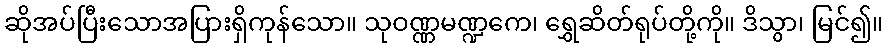
ဆိုအပ်ပြီးသောအပြားရှိကုန်သော။ သုဝဏ္ဏမဏ္ဍကေ၊ ရွှေဆိတ်ရုပ်တို့ကို။ ဒိသွာ၊ မြင်၍။